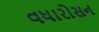
વધારોસન